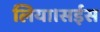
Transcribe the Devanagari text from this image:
लिया।सईस